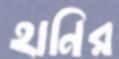
হানির